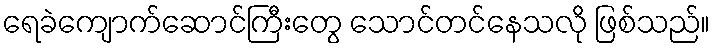
ရေခဲကျောက်ဆောင်ကြီးတွေ သောင်တင်နေသလို ဖြစ်သည်။